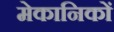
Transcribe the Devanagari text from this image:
मेकानिकों